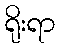
ရိုးရာ